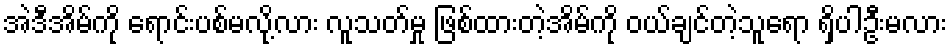
အဲဒီအိမ်ကို ရောင်းပစ်မလို့လား လူသတ်မှု ဖြစ်ထားတဲ့အိမ်ကို ဝယ်ချင်တဲ့သူရော ရှိပါဦးမလား